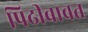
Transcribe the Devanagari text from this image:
पिढीबाबत